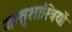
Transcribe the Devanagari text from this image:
जन्तुशास्त्रियों